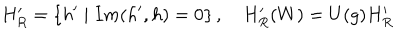
LaTeX: H _ { R } ^ { \prime } = \left\{ h ^ { \prime } \mid I m ( h ^ { \prime } , h ) = 0 \right\} , \quad H _ { R } ^ { \prime } ( W ) = U ( g ) H _ { R } ^ { \prime }